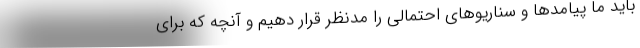
باید ما پیامدها و سناریوهای احتمالی را مدنظر قرار دهیم و آنچه که برای